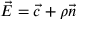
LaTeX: \; { \vec { E } } = { \vec { c } } + \rho { \vec { n } }